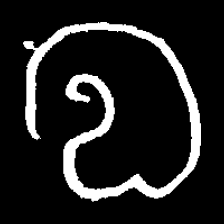
Pyu character \u2014 Myanmar letter: လ (romanized: la)